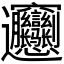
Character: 𰻝